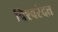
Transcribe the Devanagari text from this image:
विश्वरंदत्त